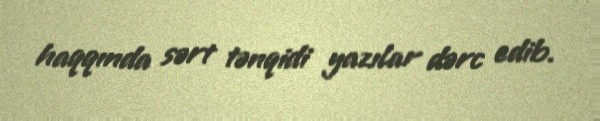
haqqında sərt tənqidi yazılar dərc edib.